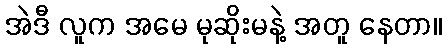
အဲဒီ လူက အမေ မုဆိုးမနဲ့ အတူ နေတာ။